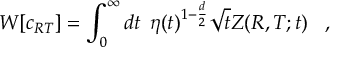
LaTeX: W [ c _ { R T } ] = \int _ { 0 } ^ { \infty } d t \; \, \eta ( t ) ^ { 1 - { \frac { d } { 2 } } } \sqrt { t } Z ( R , T ; t ) \; \; \; ,